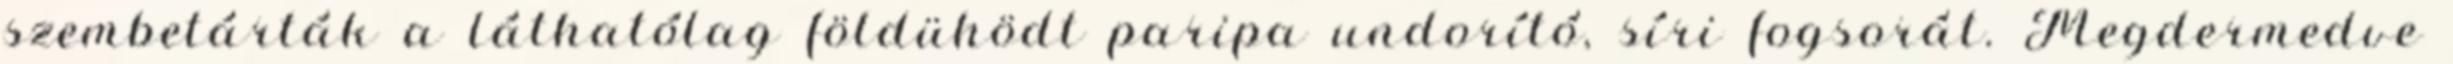
szembetárták a láthatólag földühödt paripa undorító, síri fogsorát. Megdermedve